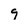
Character: 9